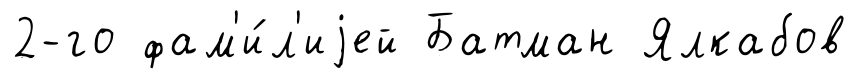
2-го фам'и́л'иjей Батман Ялкабов